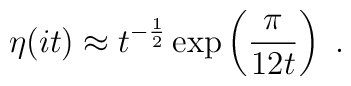
\eta (it) \approx t^{-\frac{1}{2}}      \exp\left(\frac{\pi}{12 t}\right)~.